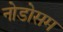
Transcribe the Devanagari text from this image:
नोडोसम